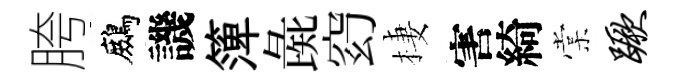
胯鷓譏𥱼彘𥥆棲害綺棠蹶